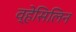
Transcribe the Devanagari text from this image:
व्हेसिलिन